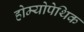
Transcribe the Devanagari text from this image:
होम्योपेथिक